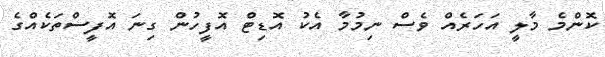
ކޮންމެ މާލީ އަހަރެއް ވެސް ނިމުމާ އެކު އޮޑިޓް އޮފީހުން ގިނަ އޮފީސްތަކެއްގެ